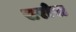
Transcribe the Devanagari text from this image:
सरोवा